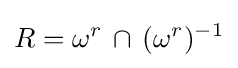
R=\omega ^{r}\,\cap \,(\omega ^{r})^{-1}